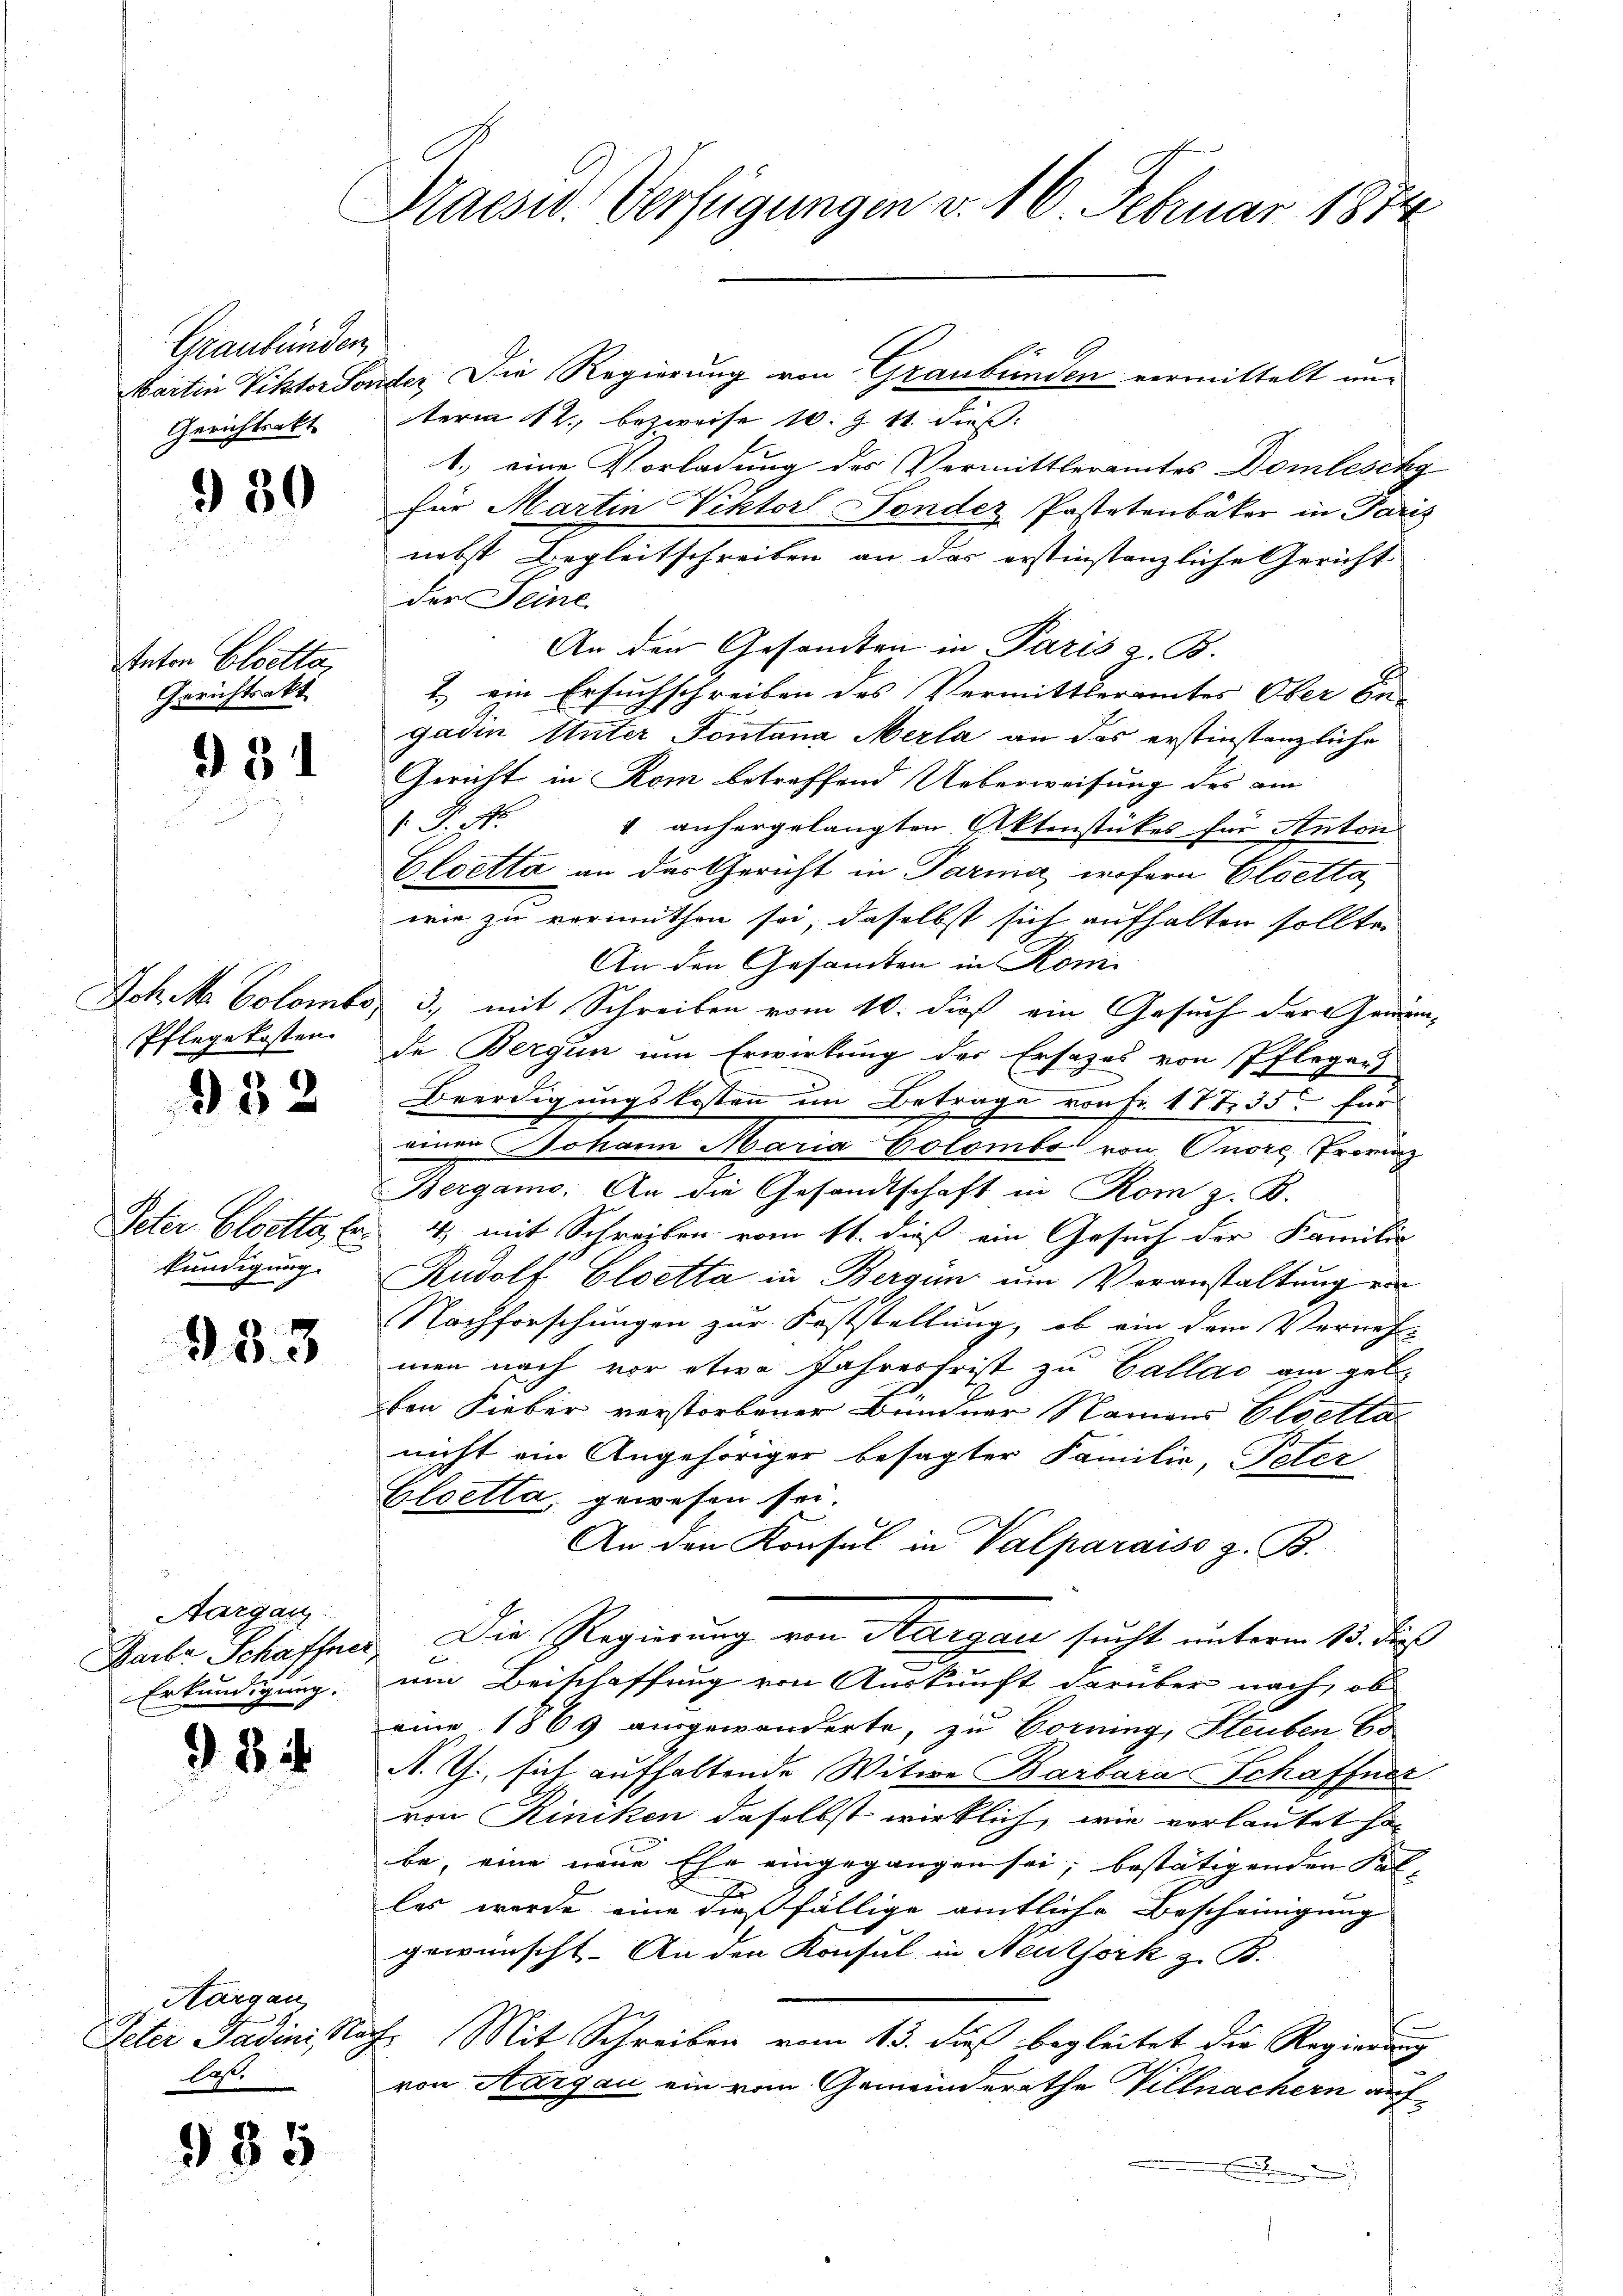
Graubünden
Gerichtsakt

930

Anton Cloetta,
Gerichtsakt

981

Jch M. Colombe,

932

Peter Cloetta, bekündigung.

933

Aargau.
Barke Schaffner,
Erkundigung.

984

Aargau,
Peter Fadini No
last.

935

Praesid. Verfügungen v. 16. Februar 1874

Martin Viktor Sonder Die Regierung von Graubünden vermittelt unterm 12. bezweife 10. 9 t dies
1.) eine Vorladung des Vermittleramtes Domleschg
für Martin Viktor Fondez Pastetenbäker in Paris
nebst Begleitschreiben an das erstinstanzliche Gericht
der Seine
An den Gesandten in Paris a. B.
1.) ein Ersuchschreiben des Vermittleramtes Ober die
gadin Unter Fontana Merla an das erstinstanzliche
Gericht in Rom betreffend Ueberweisung des am
t. Mitt
" anhergelangten Aktenstückes für Anton
Cloetta an das Gericht in Parma, wofern Eloetta
wie zu vermuthen sei, daselbst sich aufhalten sollten
An den Gesandten in Romi
3., mit Schreiben vom 10. dieß ein Gesuch der Gemein-
Pflegekosten de Bergün um Erwirkung des Ersatzes von Pfleger
Beerdigungskosten im Betrage von Fr. 1735 für
einen Johann Maria Colombe von Onore Provinz
Bergamo. An die Gesandtschaft in Kom z. B.
4) mit Schreiben vom 11. dieß ein Gesuch der Familie
Rudolf Cloetta in Bergan um Voranstaltung ein
Nachforschungen zur Feststellung, ob ein dem Verneh-
men nach vor etwa Jahresfrist zu Gallas am geb.
den Lieber verstorbener Bündner Namens Eloetta
nicht ein Angehöriger besagter Familie, Peter
Cloetta, gewesen sei.
An den Konsul in Valparaiso z. B.
Die Regierung von Aargau sucht unterm 13. dieß
u
e
um Beischaffung von Auskunft darüber nach, ob
eine 1869 ausgewanderte, zu Hornung, Steuben Co
A. G., sich aufhaltende Witwe Barbara Schaffner
von Riniken daselbst wirklich, wie vorlautet si
be, eine neue Ehe eingegangen sei; bestätigenden Fal-
n
les wurde eine dießfällige amtliche Bescheinigung
gewünscht. An den Konsul in Neuthork z. B.
Er Mit Schreiben vom 13. dieß begleitet die Regierung
von Aargau ein vom Gemeinderathe Villnachern auf¬
E